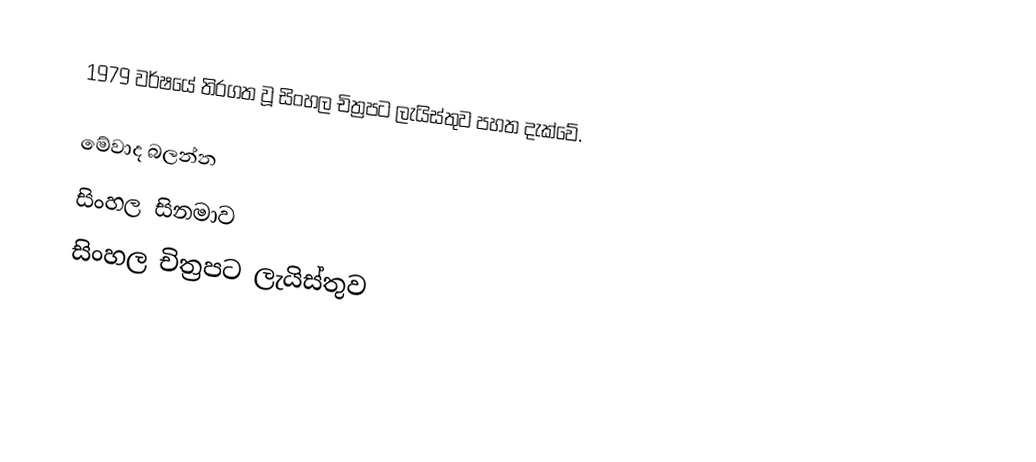
1979 වර්ෂයේ තිරගත වූ සිංහල චිත්‍රපට ලැයිස්තුව පහත දැක්වේ.

මේවාද බලන්න
 සිංහල සිනමාව
 සිංහල චිත්‍රපට ලැයිස්තුව